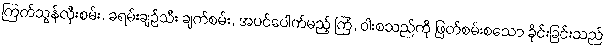
ကြက်သွန်လှီးစမ်း, ခရမ်းချဉ်သီး ချက်စမ်း, အပင်ပေါက်မည့် ကြံ, ဝါးစသည်ကို ဖြတ်စမ်းစသော ခိုင်းခြင်းသည်